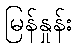
မြန်နှုန်း